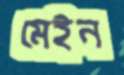
মেইন